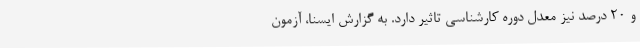
و ۲۰ درصد نیز معدل دوره کارشناسی تاثیر دارد. به گزارش ایسنا، آزمون